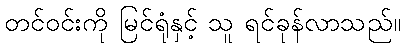
တင်ဝင်းကို မြင်ရုံနှင့် သူ ရင်ခုန်လာသည်။